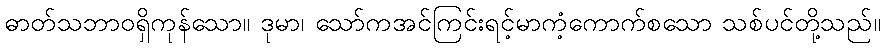
ဓာတ်သဘာဝရှိကုန်သော။ ဒုမာ၊ သော်ကအင်ကြင်းရင့်မာကံ့ကောက်စသော သစ်ပင်တို့သည်။